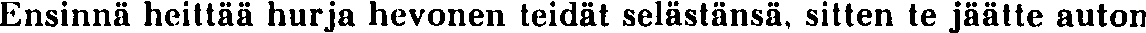
Ensinnä heittää hurja hevonen teidät selästänsä, sitten te jäätte auton